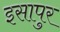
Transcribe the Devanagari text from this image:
इसापुर